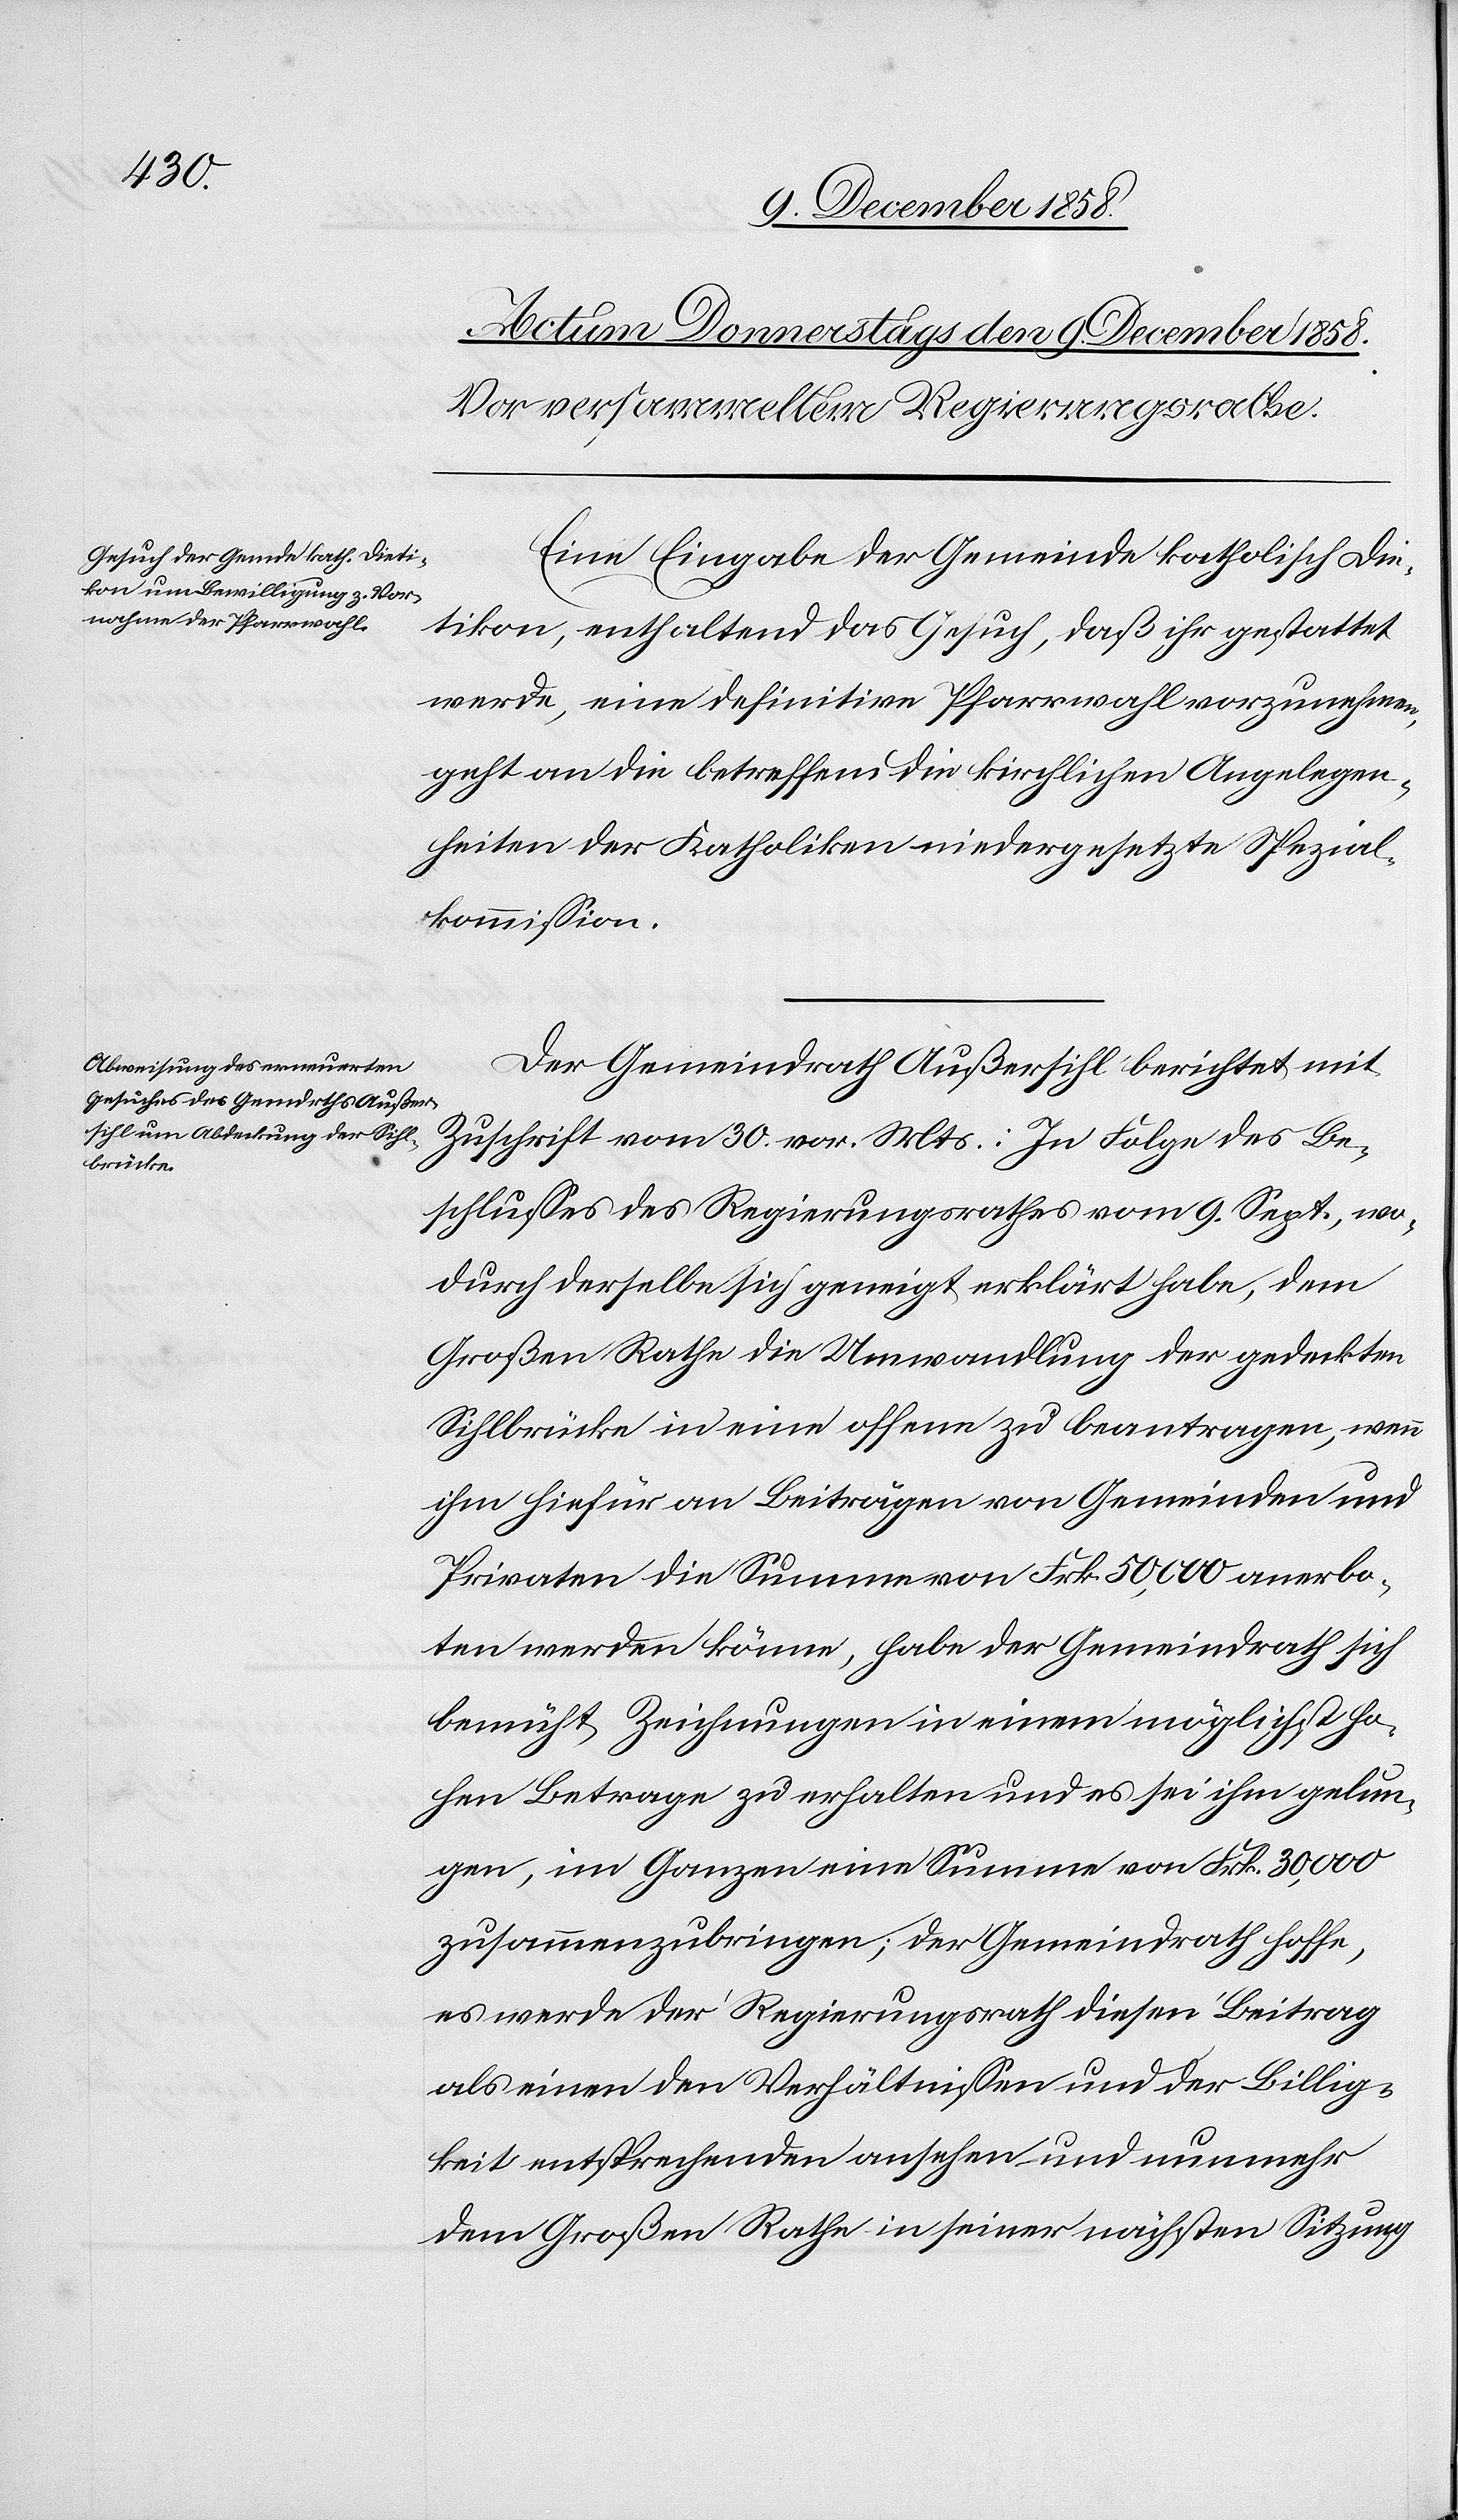
Eine Eingabe der Gemeinde katholisch Die¬
tikon, enthaltend das Gesuch, daß ihr gestattet
werde, eine definitive Pfarrwahl vorzunehmen,
geht an die betreffend die kirchlichen Angelegen¬
heiten der Katholiken niedergesetzte Spezial¬
kommission.
Der Gemeindrath Außersihl berichtet mit
Zuschrift vom 30. vor. Mts.: In Folge des Be¬
schlusses des Regierungsrathes vom 9. Sept., wo¬
durch derselbe sich geneigt erklärt habe, dem
Großen Rathe die Umwandlung der gedeckten
Sihlbrücke in eine offene zu beantragen, wenn
ihm hiefür an Beiträgen von Gemeinden und
Privaten die Summe von Frk. 50,000 anerbo¬
ten werden könne, habe der Gemeindrath sich
bemüht, Zeichnungen in einem möglichst ho¬
hen Betrage zu erhalten und es sei ihm gelun¬
gen, im Ganzen eine Summe von Frk. 30,000
zusammenzubringen; der Gemeindrath hoffe,
es werde der Regierungsrath diesen Beitrag
als einen den Verhältnissen und der Billig¬
keit entsprechenden ansehen und nunmehr
dem Großen Rathe in seiner nächsten Sitzung